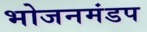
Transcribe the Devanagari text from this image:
भोजनमंडप